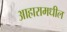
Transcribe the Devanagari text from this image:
आहारामधील